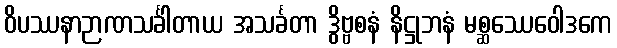
ဝိပဿနာဉာဏသင်္ခါတာယ အသင်္ခတာ ဒွိဗ္ဗစနံ နိဋ္ဌုဘနံ မစ္ဆဿေဝေါဒကေ